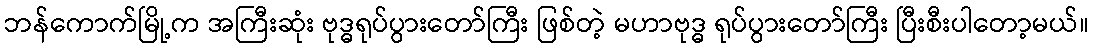
ဘန်ကောက်မြို့က အကြီးဆုံး ဗုဒ္ဓရုပ်ပွားတော်ကြီး ဖြစ်တဲ့ မဟာဗုဒ္ဓ ရုပ်ပွားတော်ကြီး ပြီးစီးပါတော့မယ်။